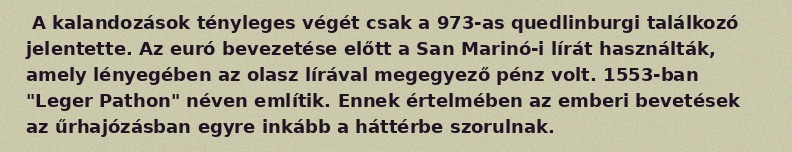
A kalandozások tényleges végét csak a 973-as quedlinburgi találkozó jelentette. Az euró bevezetése előtt a San Marinó-i lírát használták, amely lényegében az olasz lírával megegyező pénz volt. 1553-ban "Leger Pathon" néven említik. Ennek értelmében az emberi bevetések az űrhajózásban egyre inkább a háttérbe szorulnak.